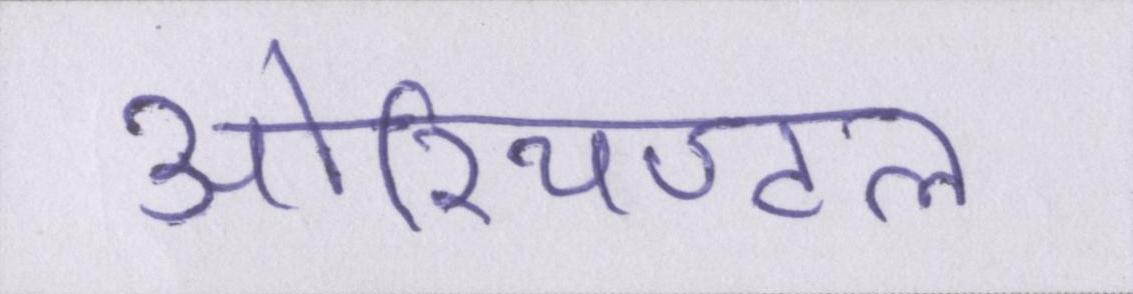
ओरियण्टल